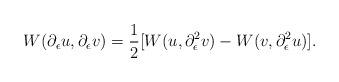
LaTeX: \begin{align*}W(\partial_\epsilon u, \partial_\epsilon v)=\frac{1}{2}[W(u,\partial_\epsilon^2 v)-W(v,\partial_\epsilon^2 u)].\end{align*}